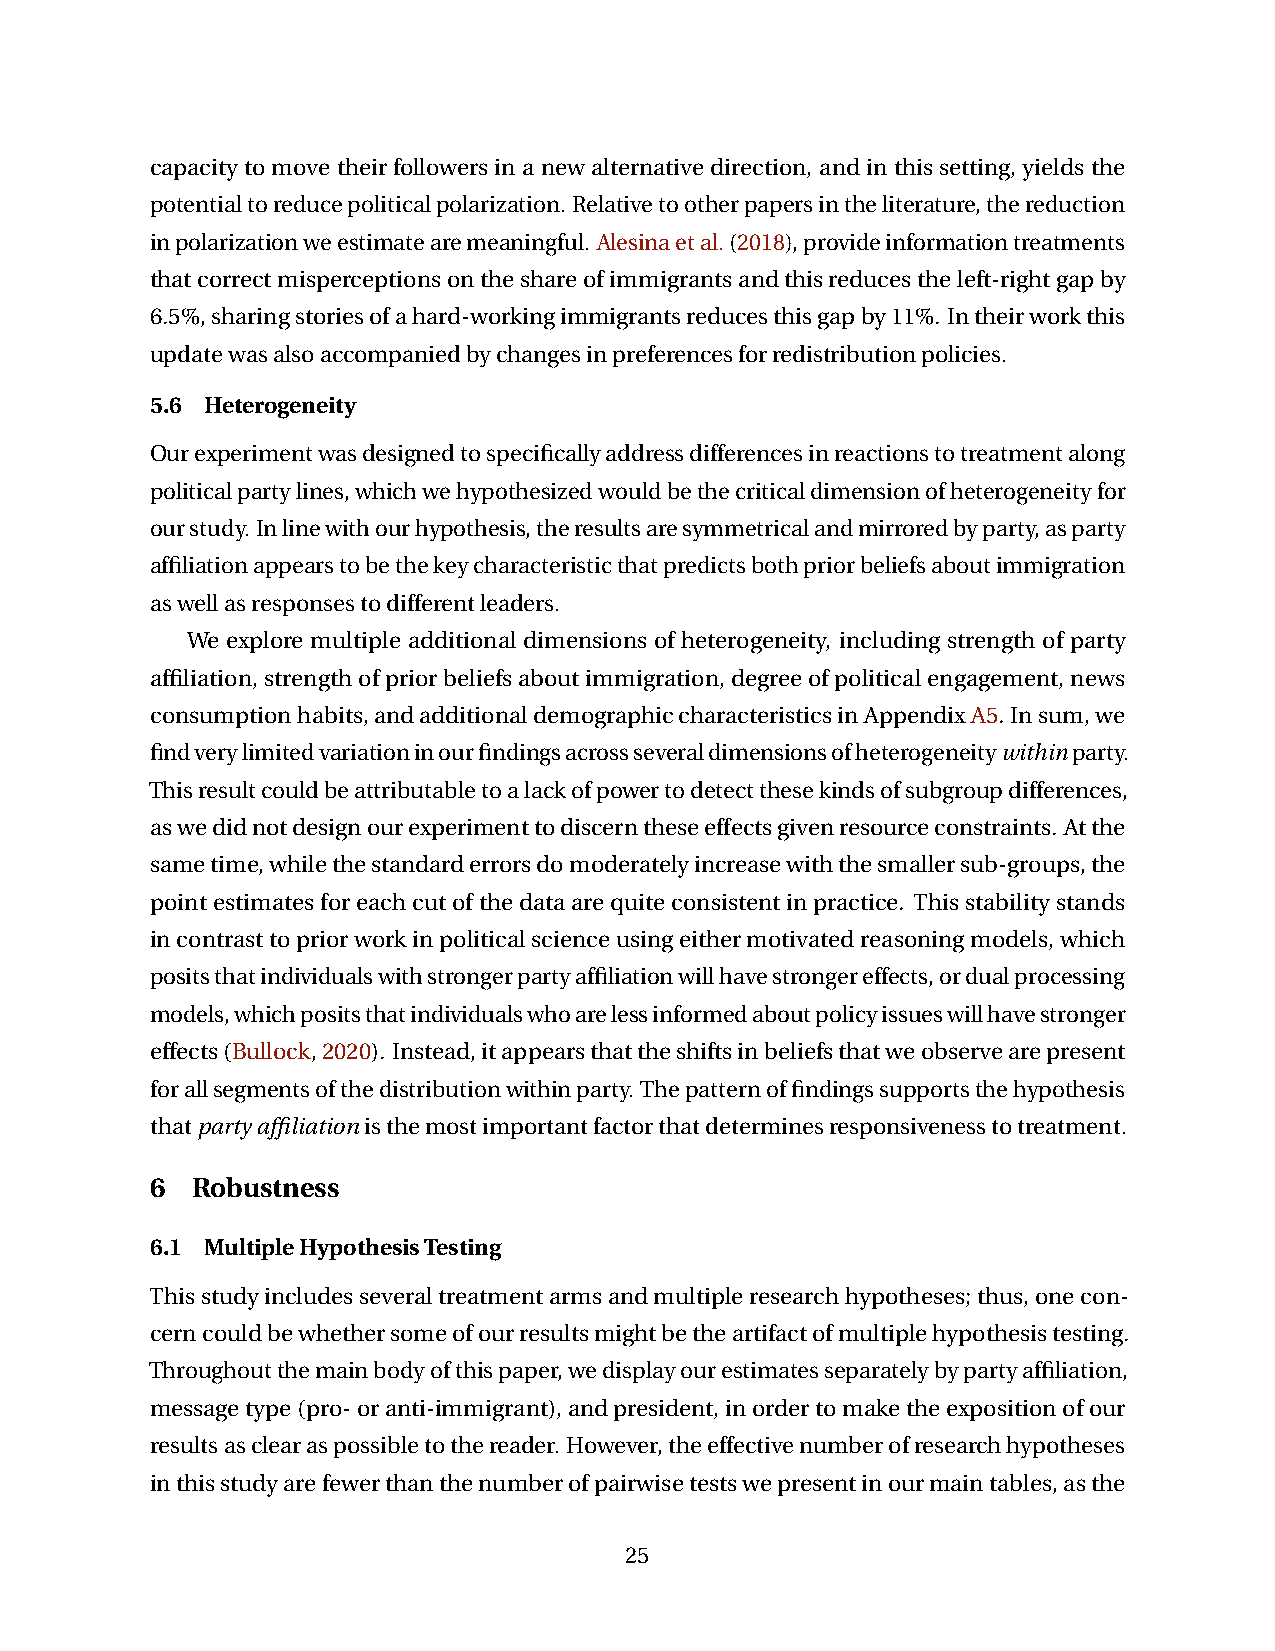
capacitytomovetheirfollowersinanewalternativedirection, andinthissetting, yieldsthe
 potentialtoreducepoliticalpolarization. Relativetootherpapersintheliterature,thereduction
 inpolarizationweestimatearemeaningful. Alesinaetal.(2018),provideinformationtreatments
 thatcorrectmisperceptionsontheshareofimmigrantsandthisreducestheleft-rightgapby
 6.5%,sharingstoriesofahard-workingimmigrantsreducesthisgapby11%. Intheirworkthis
 updatewasalsoaccompaniedbychangesinpreferencesforredistributionpolicies.
 5.6 Heterogeneity
 Ourexperimentwasdesignedtospecificallyaddressdifferencesinreactionstotreatmentalong
 politicalpartylines,whichwehypothesizedwouldbethecriticaldimensionofheterogeneityfor
 ourstudy. Inlinewithourhypothesis,theresultsaresymmetricalandmirroredbyparty,asparty
 affiliationappearstobethekeycharacteristicthatpredictsbothpriorbeliefsaboutimmigration
 aswellasresponsestodifferentleaders.
 We explore multiple additional dimensions of heterogeneity, including strength of party
 affiliation,strengthofpriorbeliefsaboutimmigration,degreeofpoliticalengagement,news
 consumptionhabits,andadditionaldemographiccharacteristicsinAppendixA5. Insum,we
 findverylimitedvariationinourfindingsacrossseveraldimensionsofheterogeneitywithinparty.
 Thisresultcouldbeattributabletoalackofpowertodetectthesekindsofsubgroupdifferences,
 aswedidnotdesignourexperimenttodiscerntheseeffectsgivenresourceconstraints. Atthe
 sametime,whilethestandarderrorsdomoderatelyincreasewiththesmallersub-groups,the
 pointestimatesforeachcutofthedataarequiteconsistentinpractice. Thisstabilitystands
 incontrasttopriorworkinpoliticalscienceusingeithermotivatedreasoningmodels,which
 positsthatindividualswithstrongerpartyaffiliationwillhavestrongereffects,ordualprocessing
 models,whichpositsthatindividualswhoarelessinformedaboutpolicyissueswillhavestronger
 effects(Bullock,2020). Instead,itappearsthattheshiftsinbeliefsthatweobservearepresent
 forallsegmentsofthedistributionwithinparty. Thepatternoffindingssupportsthehypothesis
 thatpartyaffiliationisthemostimportantfactorthatdeterminesresponsivenesstotreatment.
 6  Robustness
 6.1 MultipleHypothesisTesting
 Thisstudyincludesseveraltreatmentarmsandmultipleresearchhypotheses;thus,onecon-
 cerncouldbewhethersomeofourresultsmightbetheartifactofmultiplehypothesistesting.
 Throughoutthemainbodyofthispaper,wedisplayourestimatesseparatelybypartyaffiliation,
 messagetype(pro-oranti-immigrant),andpresident,inordertomaketheexpositionofour
 resultsasclearaspossibletothereader. However,theeffectivenumberofresearchhypotheses
 inthisstudyarefewerthanthenumberofpairwisetestswepresentinourmaintables,asthe
 25